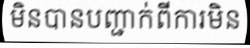
មិនបានបញ្ជាក់ពីការមិន